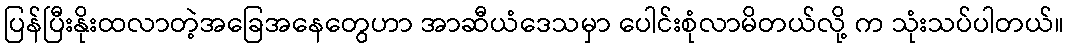
ပြန်ပြီးနိုးထလာတဲ့အခြေအနေတွေဟာ အာဆီယံဒေသမှာ ပေါင်းစုံလာမိတယ်လို့ က သုံးသပ်ပါတယ်။